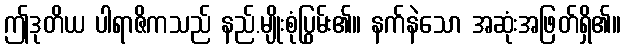
ဤဒုတိယ ပါရာဇိကသည် နည်.မျိုးစုံပြွမ်း၏။ နက်နဲသော အဆုံးအဖြတ်ရှိ၏။